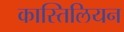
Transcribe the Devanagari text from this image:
कास्तिलियन